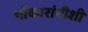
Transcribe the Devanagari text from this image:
चौकारांनीशी